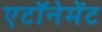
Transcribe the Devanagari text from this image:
एटॉनेमेंट